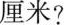
厘米?